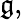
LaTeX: {\mathfrak{g}},